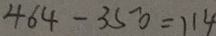
4 6 4 - 3 5 0 = 1 1 4